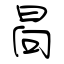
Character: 晑